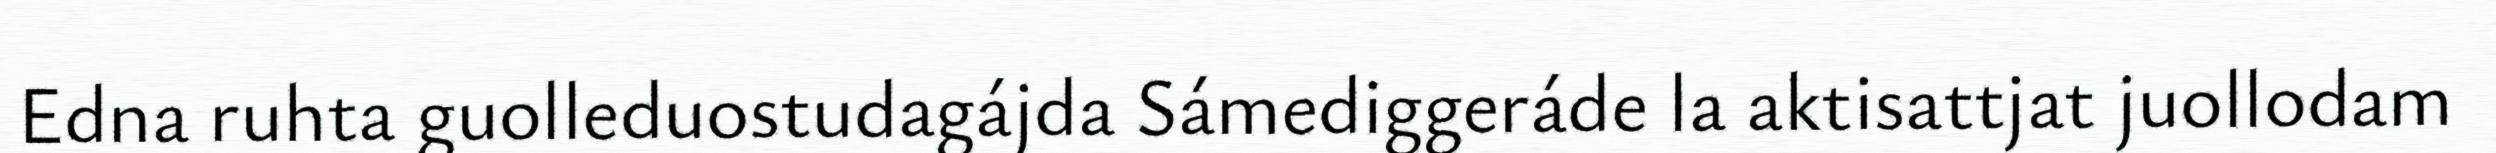
Edna ruhta guolleduostudagájda Sámediggeráde la aktisattjat juollodam